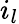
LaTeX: i_{l}